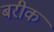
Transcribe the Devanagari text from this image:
बरीक